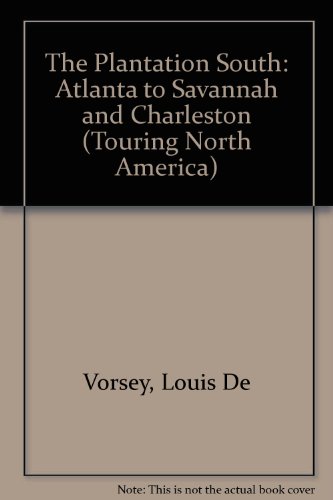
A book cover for The Plantation South: Atlanta to Savannah and Charleston (International Geographical Congress); Louis de Vorsey; Travel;